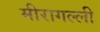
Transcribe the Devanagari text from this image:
मीरागल्ली